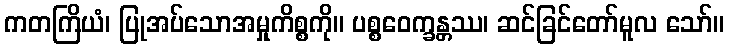
ကတကြိယံ၊ ပြုအပ်သောအမှုကိစ္စကို။ ပစ္စဝေက္ခန္တဿ၊ ဆင်ခြင်တော်မူလ သော်။